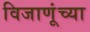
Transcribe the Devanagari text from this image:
विजाणूंच्या